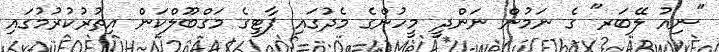
"ނިއު ލޭބަރ" ގެ ނަމުން ނަންދީ މީހުންގެ މެދުގައި ޕާޓީގެ މަގްބޫލްކަން އިތުރުކުރުމުގައި